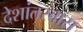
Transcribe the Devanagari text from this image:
देशांतरवास